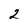
Character: 2